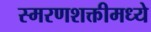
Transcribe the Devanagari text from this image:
स्मरणशक्तीमध्ये